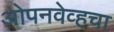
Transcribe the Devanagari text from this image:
ओपनवेव्हचा